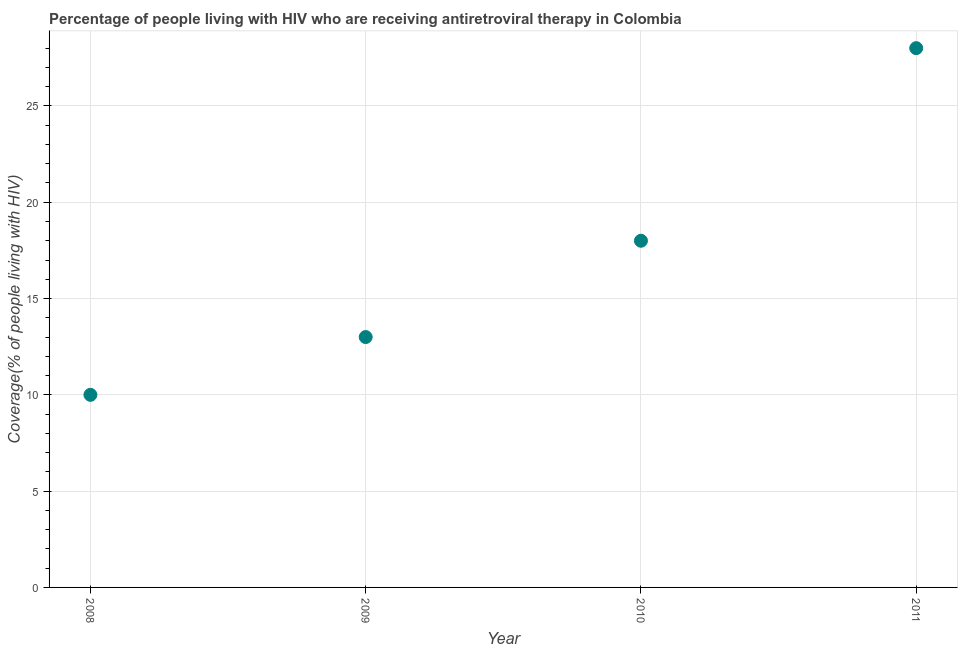
| Year | Antiretroviral therapy coverage |
 | --- | --- |
 | 2008 | 10 |
 | 2009 | 13 |
 | 2010 | 18 |
 | 2011 | 28 |